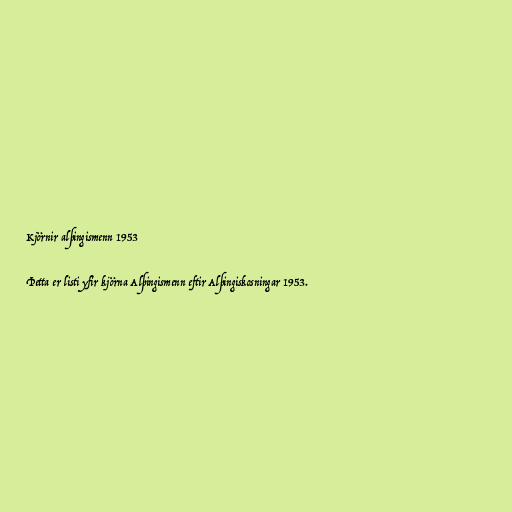
Kjörnir alþingismenn 1953

Þetta er listi yfir kjörna Alþingismenn eftir Alþingiskosningar 1953.